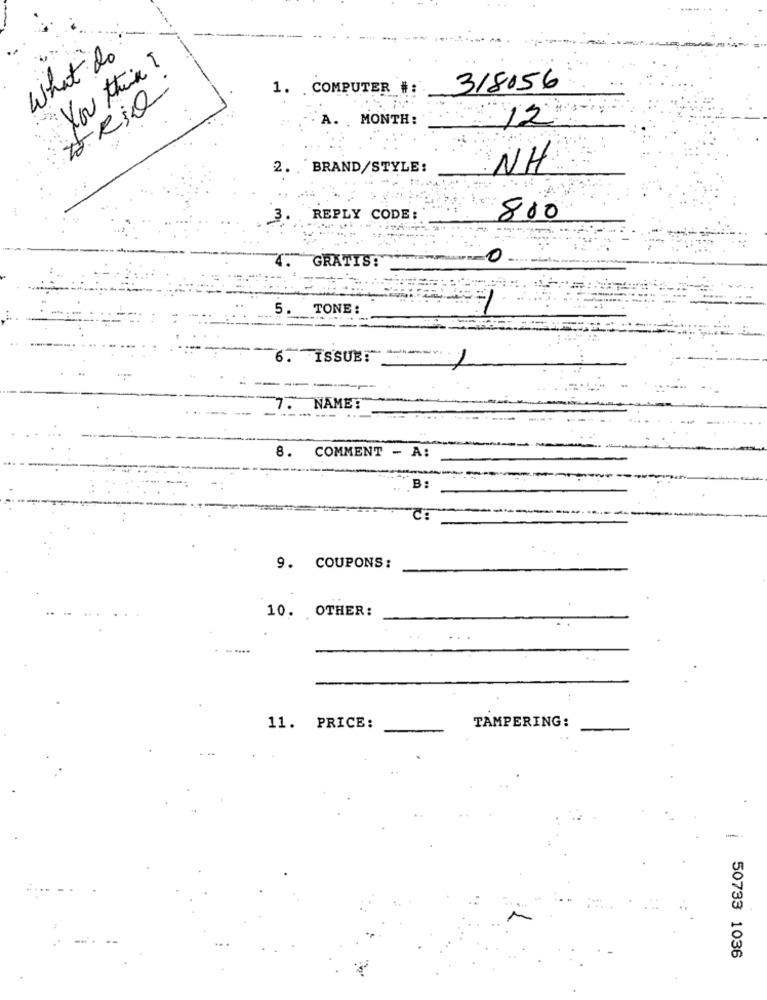
What do
You think ?
1. . COMPUTER #:
318156
A. . MONTH:
12
2. . BRAND/STYLE:
NH
REPLY CODE:
800
GRATIS:
0
5
TONE :
SSUE!
NAME:
8. COMMENT - A:
B:
C:
9. COUPONS:
10. OTHER:
11. PRICE:
TAMPERING:
50733 1036